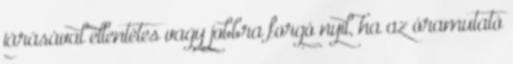
járásával ellentétes vagy jobbra forgó nyíl, ha az óramutató